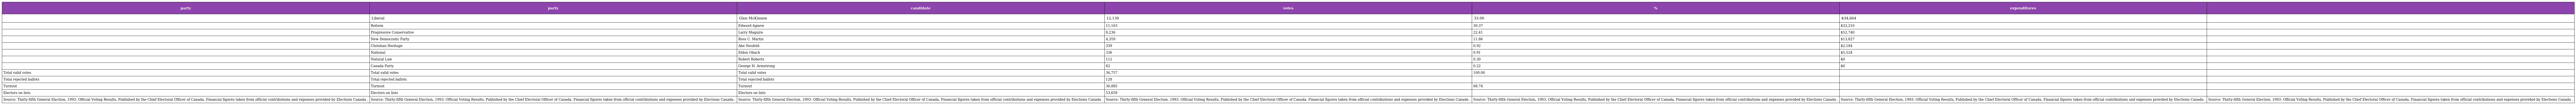
| party | party | candidate | votes | % | expenditures |  |
 | --- | --- | --- | --- | --- | --- | --- |
 |  | Liberal | Glen McKinnon | 12,130 | 33.00 | $34,664 |  |
 |  | Reform | Edward Agnew | 11,163 | 30.37 | $32,210 |  |
 |  | Progressive Conservative | Larry Maguire | 8,236 | 22.41 | $52,740 |  |
 |  | New Democratic Party | Ross C. Martin | 4,359 | 11.86 | $13,827 |  |
 |  | Christian Heritage | Abe Neufeld | 339 | 0.92 | $2,184 |  |
 |  | National | Eldon Obach | 336 | 0.91 | $5,524 |  |
 |  | Natural Law | Robert Roberts | 112 | 0.30 | $0 |  |
 |  | Canada Party | George H. Armstrong | 82 | 0.22 | $0 |  |
 | Total valid votes | Total valid votes | Total valid votes | 36,757 | 100.00 |  |  |
 | Total rejected ballots | Total rejected ballots | Total rejected ballots | 128 |  |  |  |
 | Turnout | Turnout | Turnout | 36,885 | 68.74 |  |  |
 | Electors on lists | Electors on lists | Electors on lists | 53,659 |  |  |  |
 | Source: Thirty-fifth General Election, 1993: Official Voting Results, Published by the Chief Electoral Officer of Canada. Financial figures taken from official contributions and expenses provided by Elections Canada . | Source: Thirty-fifth General Election, 1993: Official Voting Results, Published by the Chief Electoral Officer of Canada. Financial figures taken from official contributions and expenses provided by Elections Canada . | Source: Thirty-fifth General Election, 1993: Official Voting Results, Published by the Chief Electoral Officer of Canada. Financial figures taken from official contributions and expenses provided by Elections Canada . | Source: Thirty-fifth General Election, 1993: Official Voting Results, Published by the Chief Electoral Officer of Canada. Financial figures taken from official contributions and expenses provided by Elections Canada . | Source: Thirty-fifth General Election, 1993: Official Voting Results, Published by the Chief Electoral Officer of Canada. Financial figures taken from official contributions and expenses provided by Elections Canada . | Source: Thirty-fifth General Election, 1993: Official Voting Results, Published by the Chief Electoral Officer of Canada. Financial figures taken from official contributions and expenses provided by Elections Canada . | Source: Thirty-fifth General Election, 1993: Official Voting Results, Published by the Chief Electoral Officer of Canada. Financial figures taken from official contributions and expenses provided by Elections Canada . |